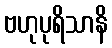
ဗဟုပုရိသာနိ